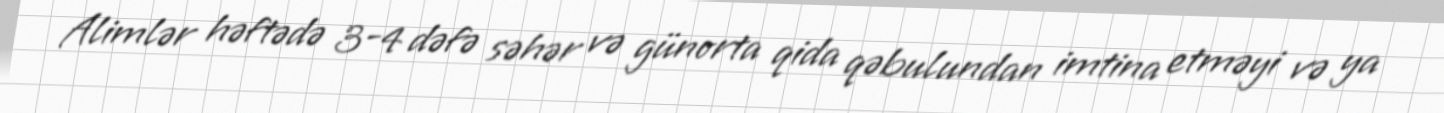
Alimlər həftədə 3-4 dəfə səhər və günorta qida qəbulundan imtina etməyi və ya